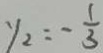
y _ { 2 } = - \frac { 1 } { 3 }